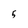
Character: 5